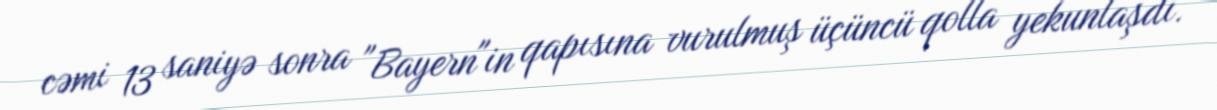
cəmi 13 saniyə sonra "Bayern"in qapısına vurulmuş üçüncü qolla yekunlaşdı.